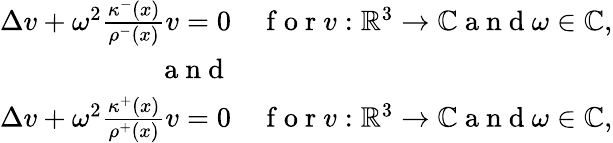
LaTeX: \begin{array}{rl}{\Delta v+\omega^{2}\frac{\kappa^{-}(x)}{\rho^{-}(x)}v=0}&{{}\mathrm{~f~o~r~}v:\mathbb{R}^{3}\rightarrow\mathbb{C}\mathrm{~a~n~d~}\omega\in\mathbb{C},}\\ {\mathrm{~a~n~d~}}\\ {\Delta v+\omega^{2}\frac{\kappa^{+}(x)}{\rho^{+}(x)}v=0}&{{}\mathrm{~f~o~r~}v:\mathbb{R}^{3}\rightarrow\mathbb{C}\mathrm{~a~n~d~}\omega\in\mathbb{C},}\end{array}